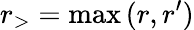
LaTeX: r_{>}=\operatorname*{max}{(r,r^{\prime})}